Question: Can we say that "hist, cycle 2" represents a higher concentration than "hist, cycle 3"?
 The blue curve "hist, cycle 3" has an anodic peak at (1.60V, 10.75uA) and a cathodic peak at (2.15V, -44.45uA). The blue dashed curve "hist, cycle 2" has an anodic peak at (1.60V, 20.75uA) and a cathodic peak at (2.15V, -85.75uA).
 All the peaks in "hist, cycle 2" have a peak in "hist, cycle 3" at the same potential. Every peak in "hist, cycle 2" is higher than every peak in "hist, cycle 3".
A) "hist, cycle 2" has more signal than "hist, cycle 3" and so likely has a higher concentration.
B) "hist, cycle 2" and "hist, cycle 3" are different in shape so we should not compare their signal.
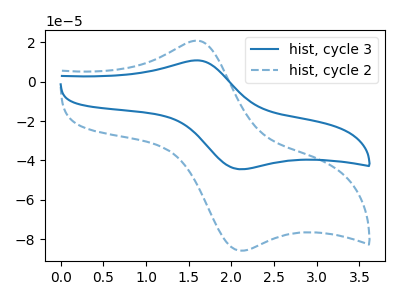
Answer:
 <answer>A) "hist, cycle 2" has more signal than "hist, cycle 3" and so likely has a higher concentration.</answer>
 <eval>A</eval>